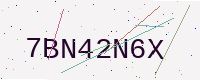
Text: 7BN42N6X